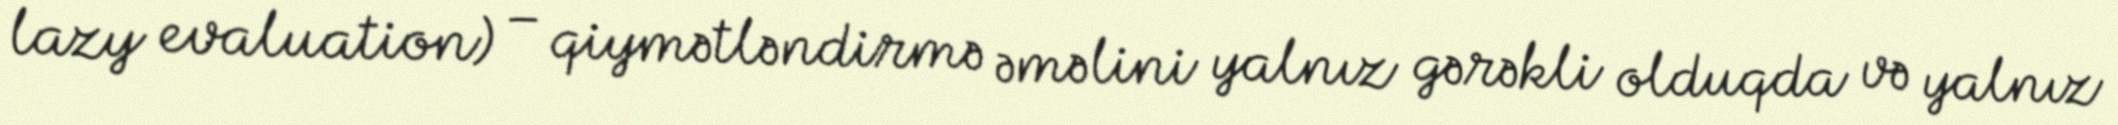
lazy evaluation) – qiymətləndirmə əməlini yalnız gərəkli olduqda və yalnız